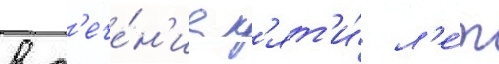
в т'ече́н'ие п'ят'и́ л'е́т